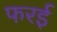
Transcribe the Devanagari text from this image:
फरई